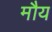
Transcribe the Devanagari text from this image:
मौय